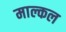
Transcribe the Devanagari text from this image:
माल्कल